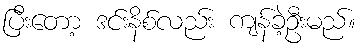
ပြီးတော့ ဒင်းနိစ်လည်း ကျန်ခဲ့ဦးမည်။